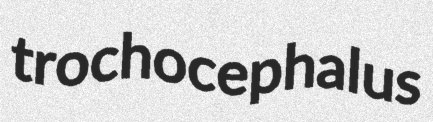
trochocephalus